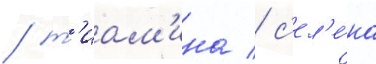
/ т'иам'ина / с'ел'е́на